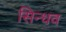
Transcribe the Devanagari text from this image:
सिन्धव